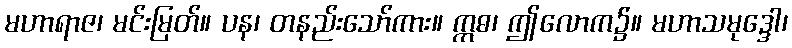
မဟာရာဇ၊ မင်းမြတ်။ ပန၊ တနည်းသော်ကား။ ဣဓ၊ ဤလောက၌။ မဟာသမုဒ္ဒေါ၊